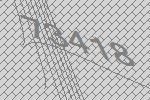
73418